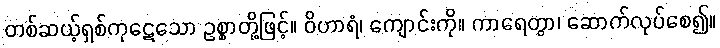
တစ်ဆယ့်ရှစ်ကုဋေသော ဥစ္စာတို့ဖြင့်။ ဝိဟာရံ၊ ကျောင်းကို။ ကာရေတွာ၊ ဆောက်လုပ်စေ၍။